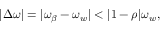
\begin{array} { r } { | \Delta \omega | = | \omega _ { \beta } - \omega _ { w } | < | 1 - \rho | \omega _ { w } \mathrm { , } } \end{array}